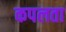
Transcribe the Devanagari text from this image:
कपलता